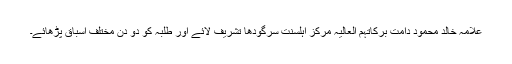
علامہ خالد محمود دامت برکاتہم العالیہ مرکز اہلسنت سرگودھا تشریف لائے اور طلبہ کو دو دن مختلف اسباق پڑھائے۔